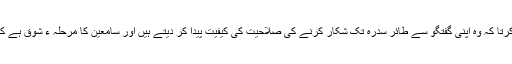
ملاقاتی یوں محسوس کرتا کہ وہ اپنی گفتگو سے طائر سدرہ تک شکار کرنے کی صلاحیت کی کیفیت پیدا کر دیتے ہیں اور سامعین کا مرحلہ ء شوق ہے کہ طے ہی نہیں ہو پاتا۔